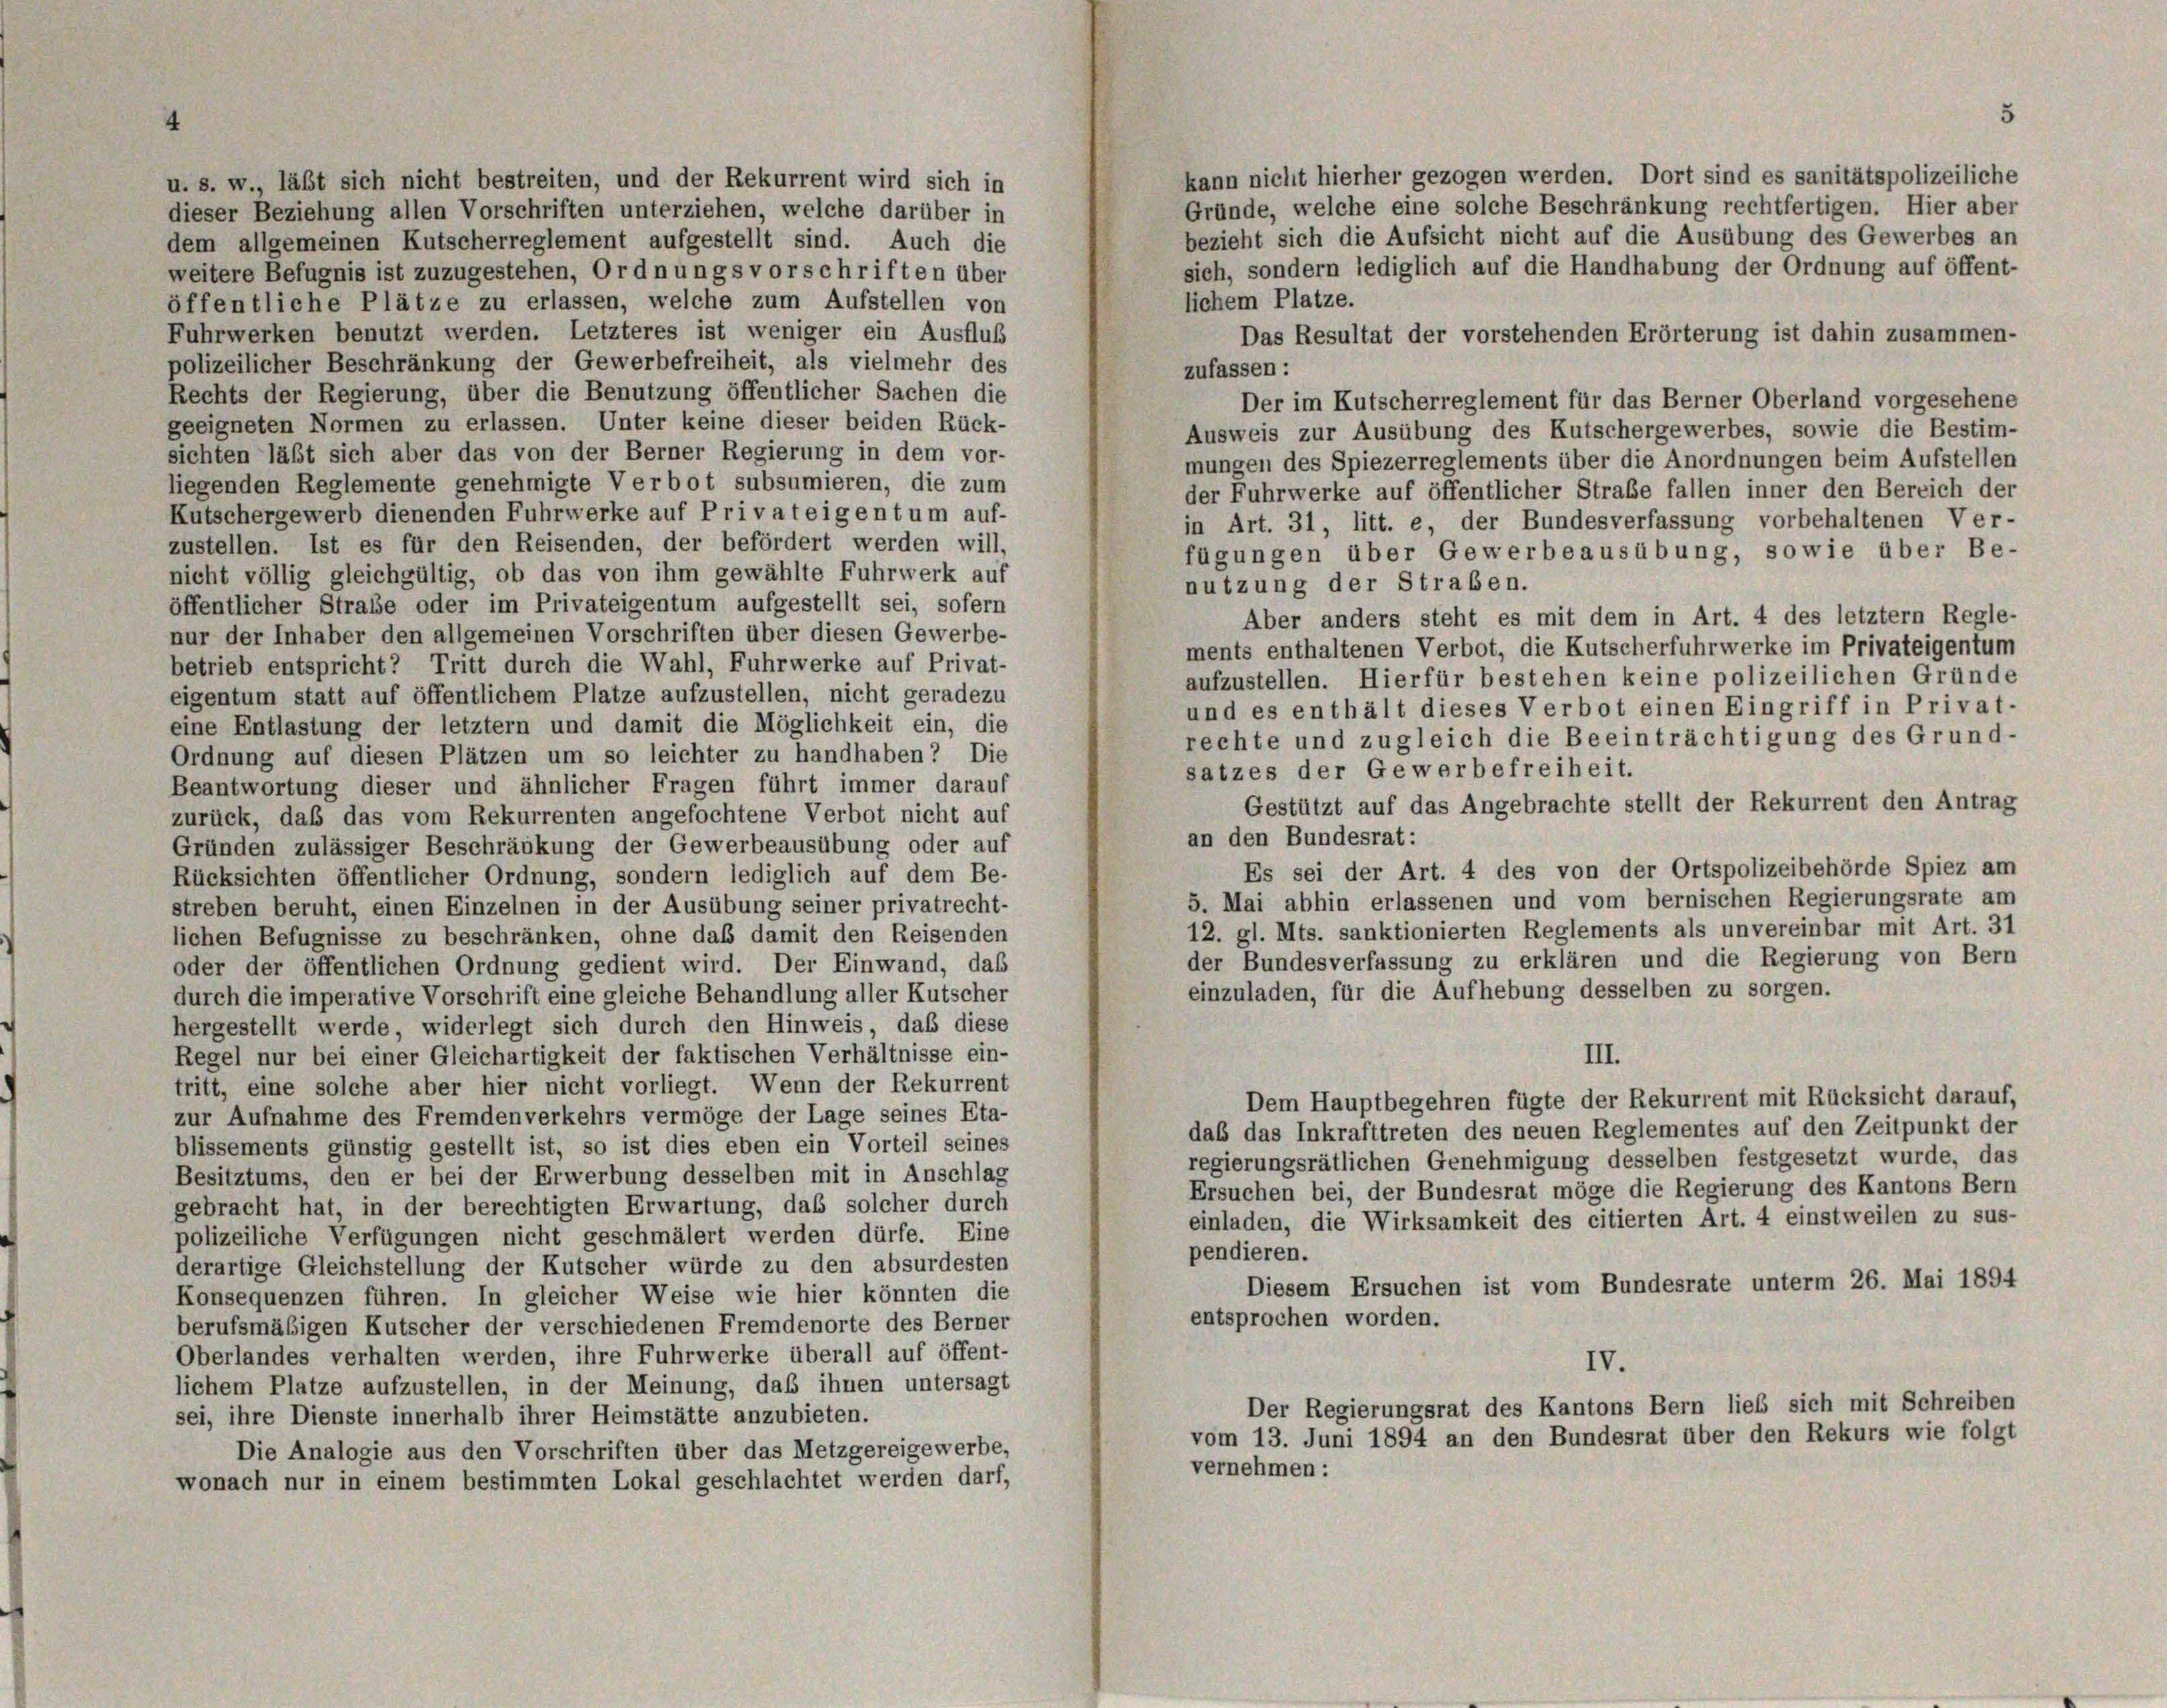
kann nicht hierher gezogen werden. Dort sind es sanitätspolizeiliche
u. s. w., läßt sich nicht bestreiten, und der Rekurrent wird sich in
Gründe, welche eine solche Beschränkung rechtfertigen. Hier aber
dieser Beziehung allen Vorschriften unterziehen, welche darüber in
bezieht sich die Aufsicht nicht auf die Ausübung des Gewerbes an
dem allgemeinen Kutscherreglement aufgestellt sind. Auch die
sich, sondern lediglich auf die Handhabung der Ordnung auf öffent-
weitere Befugnis ist zuzugestehen, Ordnungsvorschriften über
lichem Platze.
öffentliche Plätze zu erlassen, welche zum Aufstellen von
Fuhrwerken benutzt werden. Letzteres ist weniger ein Ausfluß
Das Resultat der vorstehenden Erörterung ist dahin zusammen-
polizeilicher Beschränkung der Gewerbefreiheit, als vielmehr des
zufassen:
Rechts der Regierung, über die Benutzung öffentlicher Sachen die
Der im Kutscherreglement für das Berner Oberland vorgesehene
geeigneten Normen zu erlassen. Unter keine dieser beiden Rück-
Ausweis zur Ausübung des Kutschergewerbes, sowie die Bestim-
sichten läßt sich aber das von der Berner Regierung in dem vor-
mungen des Spiezerreglements über die Anordnungen beim Aufstellen
liegenden Reglemente genehmigte Verbot subsumieren, die zum
der Fuhrwerke auf öffentlicher Strabe fallen inner den Bereich der
Kutschergewerb dienenden Fuhrwerke auf Privateigentum auf-
in Art. 31, litt. e, der Bundesverfassung vorbehaltenen Ver-
zustellen. Ist es für den Reisenden, der befördert werden will,
fügungen über Gewerbeausübung, sowie über Be-
nicht völlig gleichgültig, ob das von ihm gewählte Fuhrwerk auf
nutzung der Straben.
öffentlicher Straße oder im Privateigentum aufgestellt sei, sofern
Aber anders steht es mit dem in Art. 4 des letztem Regle-
nur der Inhaber den allgemeinen Vorschriften über diesen Gewerbe-
ments enthaltenen Verbot, die Kutscherfuhrwerke im Privateigentum
betrieb entspricht? Tritt durch die Wahl, Fuhrwerke auf Privat-
aufzustellen. Hierfür bestehen keine polizeilichen Gründe
eigentum statt auf öffentlichem Platze aufzustellen, nicht geradezu
und es enthält dieses Verbot einen Eingriff in Privat-
eine Entlastung der letztem und damit die Möglichkeit ein, die
rechte und zugleich die Beeinträchtigung des Grund-
Ordnung auf diesen Plätzen um so leichter zu handhaben? Die
satzes der Gewerbefreiheit.
Beantwortung dieser und ähnlicher Fragen führt immer darauf
Gestützt auf das Angebrachte stellt der Rekurrent den Antrag
zurück, daß das vom Rekurrenten angefochtene Verbot nicht auf
an den Bundesrat:
Gründen zulässiger Beschränkung der Gewerbeausübung oder auf
Es sei der Art. 4 des von der Ortspolizeibehörde Spiez am
Rücksichten öffentlicher Ordnung, sondern lediglich auf dem Be-
5. Mai abhin erlassenen und vom bernischen Regierungsrate am
streben beruht, einen Einzelnen in der Ausübung seiner privatrecht-
12. gl. Mts. sanktionierten Reglements als unvereinbar mit Art. 31
lichen Befugnisse zu beschränken, ohne daß damit den Reisenden
der Bundesverfassung zu erklären und die Regierung von Bern
oder der öffentlichen Ordnung gedient wird. Der Einwand, das
einzuladen, für die Aufhebung desselben zu sorgen.
durch die imperative Vorschrift eine gleiche Behandlung aller Kutscher
hergestellt werde, widerlegt sich durch den Hinweis, daß diese
III.
Regel nur bei einer Gleichartigkeit der faktischen Verhältnisse ein-
tritt, eine solche aber hier nicht vorliegt. Wenn der Rekurrent
Dem Hauptbegehren fügte der Rekurrent mit Rücksicht darauf,
zur Aufnahme des Fremdenverkehrs vermöge der Lage seines Eta-
das das Inkrafttreten des neuen Reglementes auf den Zeitpunkt der
blissements günstig gestellt ist, so ist dies eben ein Vorteil seines
regierungsrätlichen Genehmigung desselben festgesetzt wurde, das
Besitztums, den er bei der Erwerbung desselben mit in Anschlag
Ersuchen bei, der Bundesrat möge die Regierung des Kantons Bern
gebracht hat, in der berechtigten Erwartung, daß solcher durch
einladen, die Wirksamkeit des citierten Art. 4 einstweilen zu sus-
polizeiliche Verfügungen nicht geschmälert werden dürfe. Eine
pendieren.
derartige Gleichstellung der Kutscher würde zu den absurdesten
Diesem Ersuchen ist vom Bundesrate unterm 26. Mai 1894
Konsequenzen führen. In gleicher Weise wie hier könnten die
entsprochen worden.
berufsmäßigen Kutscher der verschiedenen Fremdenorte des Berner
Oberlandes verhalten werden, ihre Fuhrwerke überall auf öffent-
IV.
lichem Platze aufzustellen, in der Meinung, daß ihnen untersagt
Der Regierungsrat des Kantons Bern lieb sich mit Schreiben
sei, ihre Dienste innerhalb ihrer Heimstätte anzubieten.
vom 13. Juni 1894 an den Bundesrat über den Rekurs wie folgt
Die Analogie aus den Vorschriften über das Metzgereigewerbe,
vernehmen:
wonach nur in einem bestimmten Lokal geschlachtet werden darf,